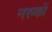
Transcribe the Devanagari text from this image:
नरुकों